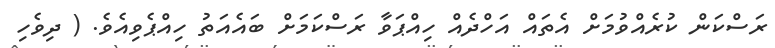
ރަސްކަން ކުރެއްވުމަށް އެތައް އަހްދެއް ހިއްޕަވާ ރަސްކަމަށް ބައެއަތު ހިއްޕެވިއެވެ. ( ދިވެހި